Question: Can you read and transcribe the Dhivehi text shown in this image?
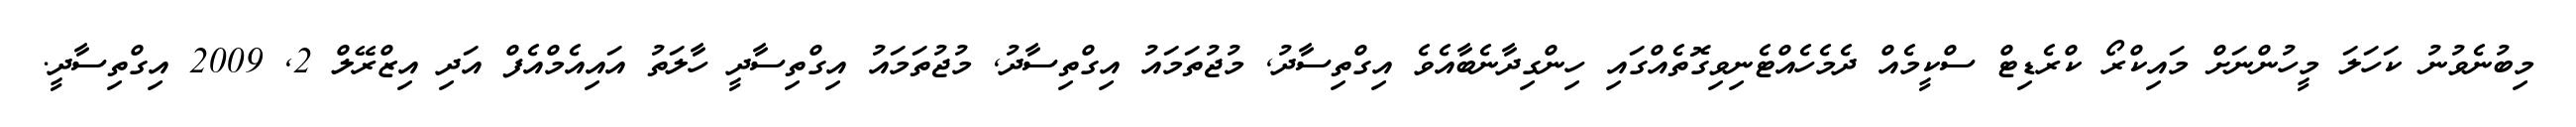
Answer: މިބުނެވުނު ކަހަލަ މީހުންނަށް މައިކްރޯ ކްރެޑިޓް ސްކީމެއް ދެމެހެއްޓެނިވިގޮތެއްގައި ހިންގިދާނެބާއެވެ އިގްތިސާދު, މުޖުތަމައު އިގްތިސާދު, މުޖުތަމައު އިގްތިސާދީ ހާލަތު އައިއެމްއެފް އަދި އިޒްރޭލް 2, 2009 އިގްތިސާދީ.